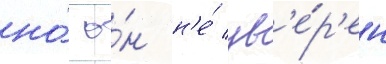
но́ о́н н'е́ ув'е́р'ен